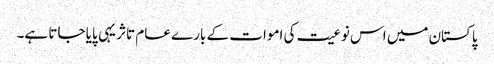
پاکستان میں اس نوعیت کی اموات کے بارے عام تاثر یہی پایا جاتا ہے۔